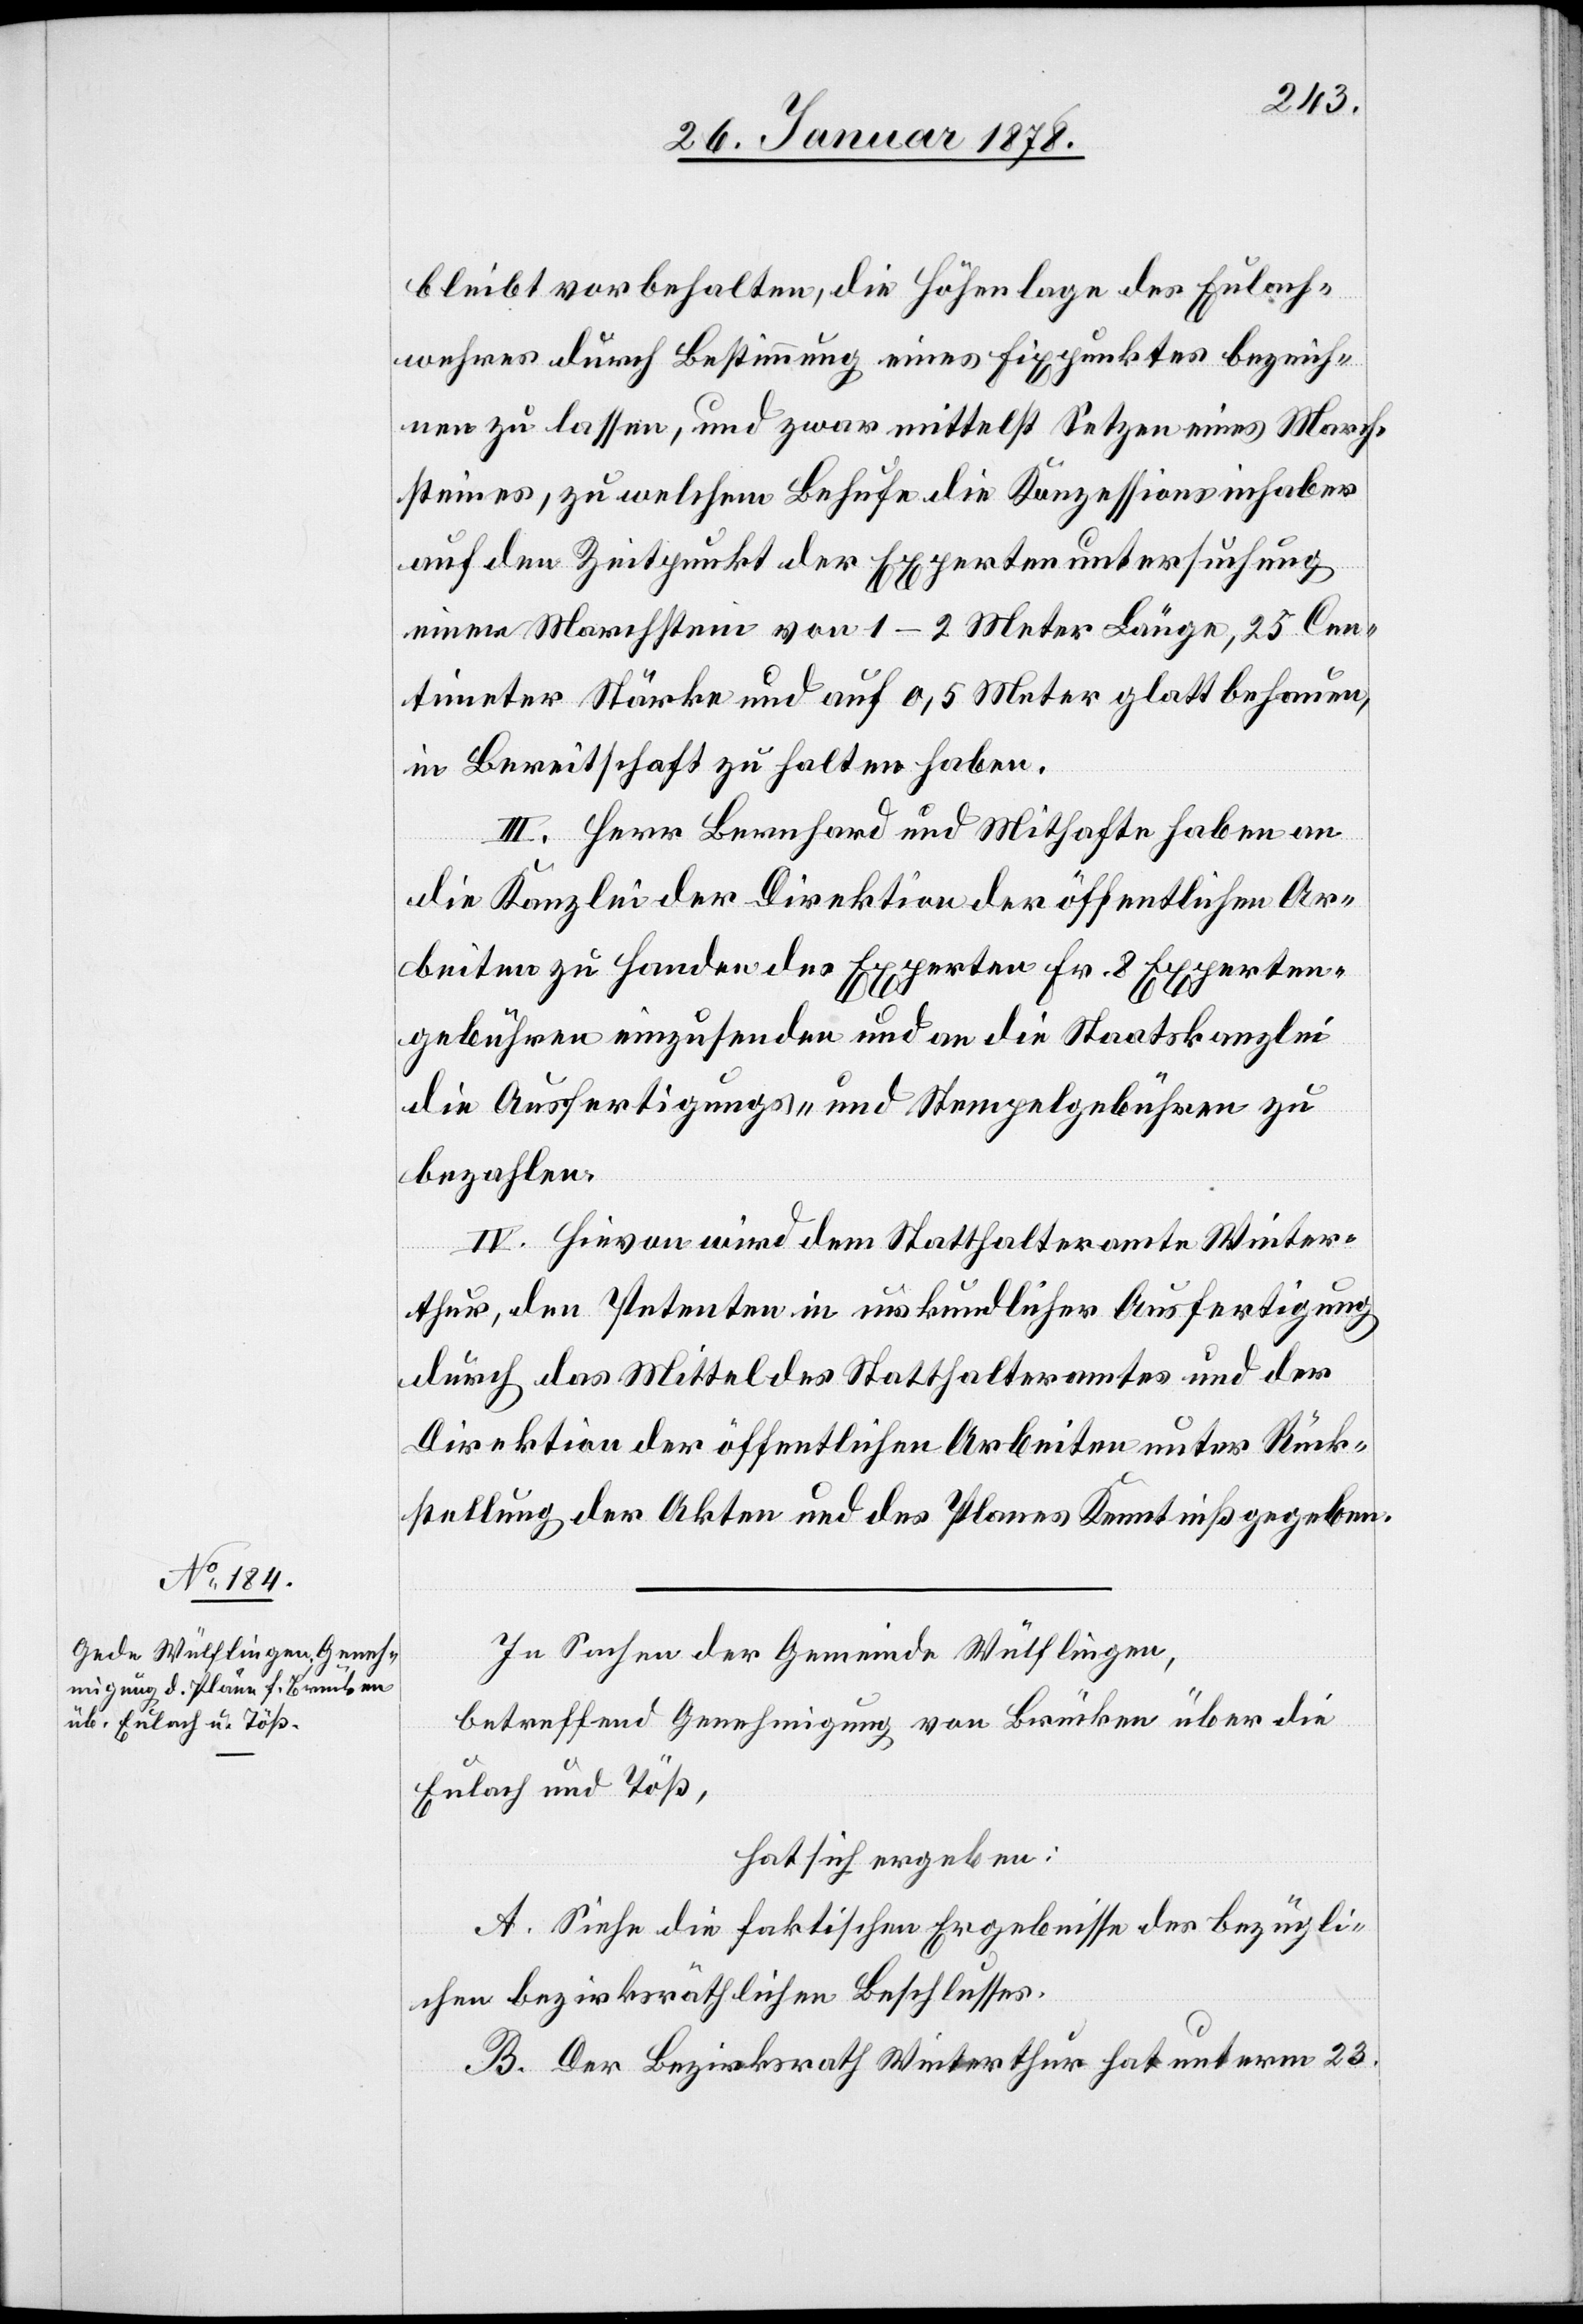
bleibt vorbehalten, die Höhenlage des Eulach¬
wuhres durch Bestimmung eines Fixpunktes bezeich¬
nen zu lassen, und zwar mittelst Setzen eines March¬
steines, zu welchem Behufe die Konzessionsinhaber
auf den Zeitpunkt der Expertenuntersuchung
einen Marchstein von 1–2 Meter Länge, 25 Cen¬
timeter Stärke und auf 0,5 Meter glattbehauen,
in Bereitschaft zu halten haben.
III. Herr Bernhard und Mithafte haben an
die Kanzlei der Direktion der öffentlichen Ar¬
beiten zu Handen der Experten Fr. 8 Experten¬
gebühren einzusenden und an die Staatskanzlei
die Ausfertigungs- und Stempelgebühren zu
bezahlen.
IV. Hievon wird dem Statthalteramte Winter¬
thur, den Petenten in urkundlicher Ausfertigung
durch das Mittel des Statthalteramtes und der
Direktion der öffentlichen Arbeiten unter Rück¬
stellung der Akten und des Planes Kenntniß gegeben.
In Sachen der Gemeinde Wülflingen,
betreffend Genehmigung von Brücken über die
Eulach und Töß,
hat sich ergeben:
A. Siehe die faktischen Ergebnisse des bezügli¬
chen bezirksräthlichen Beschlusses.
B. Der Bezirksrath Winterthur hat unterm 23.